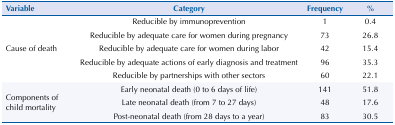
<table><thead><tr><td><b>Variable</b></td><td><b>Category</b></td><td><b>Frequency</b></td><td><b>%</b></td></tr></thead><tbody><tr><td rowspan="5">Cause of death</td><td>Reducible by immunoprevention</td><td>1</td><td>0.4</td></tr><tr><td>Reducible by adequate care for women during pregnancy</td><td>73</td><td>26.8</td></tr><tr><td>Reducible by adequate care for women during labor</td><td>42</td><td>15.4</td></tr><tr><td>Reducible by adequate actions of early diagnosis and treatment</td><td>96</td><td>35.3</td></tr><tr><td>Reducible by partnerships with other sectors</td><td>60</td><td>22.1</td></tr><tr><td rowspan="3">Components of child mortality</td><td>Early neonatal death (0 to 6 days of life)</td><td>141</td><td>51.8</td></tr><tr><td>Late neonatal death (from 7 to 27 days)</td><td>48</td><td>17.6</td></tr><tr><td>Post-neonatal death (from 28 days to a year)</td><td>83</td><td>30.5</td></tr></tbody></table>